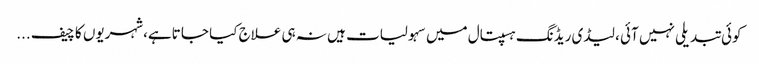
کوئی تبدیلی نہیں آئی ، لیڈی ریڈنگ ہسپتال میں سہولیات ہیں نہ ہی علاج کیا جا تاہے،شہریوں کا چیف ...